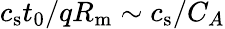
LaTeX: c_{\mathrm{s}}t_{0}/qR_{\mathrm{m}}\sim c_{\mathrm{s}}/C_{A}